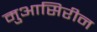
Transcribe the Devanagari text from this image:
मुआसिरीन